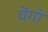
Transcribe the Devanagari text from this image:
वेंगो